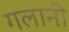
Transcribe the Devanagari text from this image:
गलानी